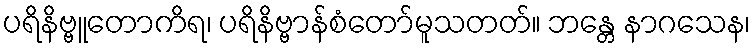
ပရိနိဗ္ဗူတောကိရ၊ ပရိနိဗ္ဗာန်စံတော်မူသတတ်။ ဘန္တေ နာဂသေန၊